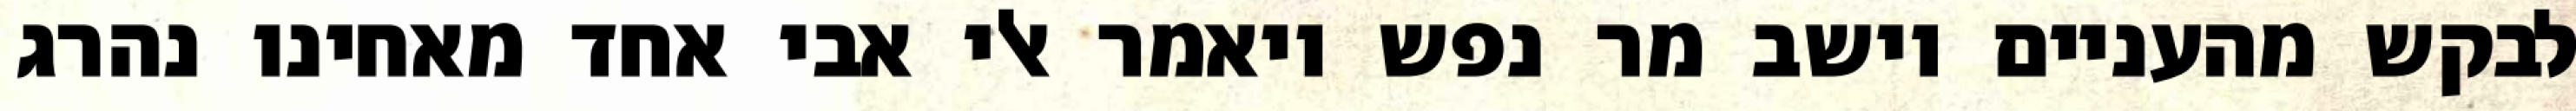
לבקש מהעניים וישב מר נפש ויאמר אלי אבי אחד מאחינו נהרג